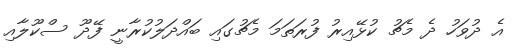
އެ ދުވަހު ދެ މެޗު ކުޅޭއިރު ފުރަތަމަ މެޗުގައި ބައްދަލުކުރާނީ ފޭދޫ ސްކޫލާއި